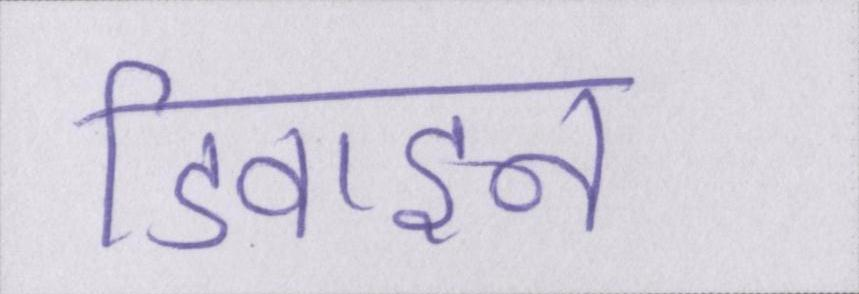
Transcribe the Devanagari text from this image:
डिवाइन